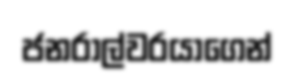
ජනරාල්වරයාගෙන්